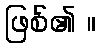
ဖြစ်၏ ။